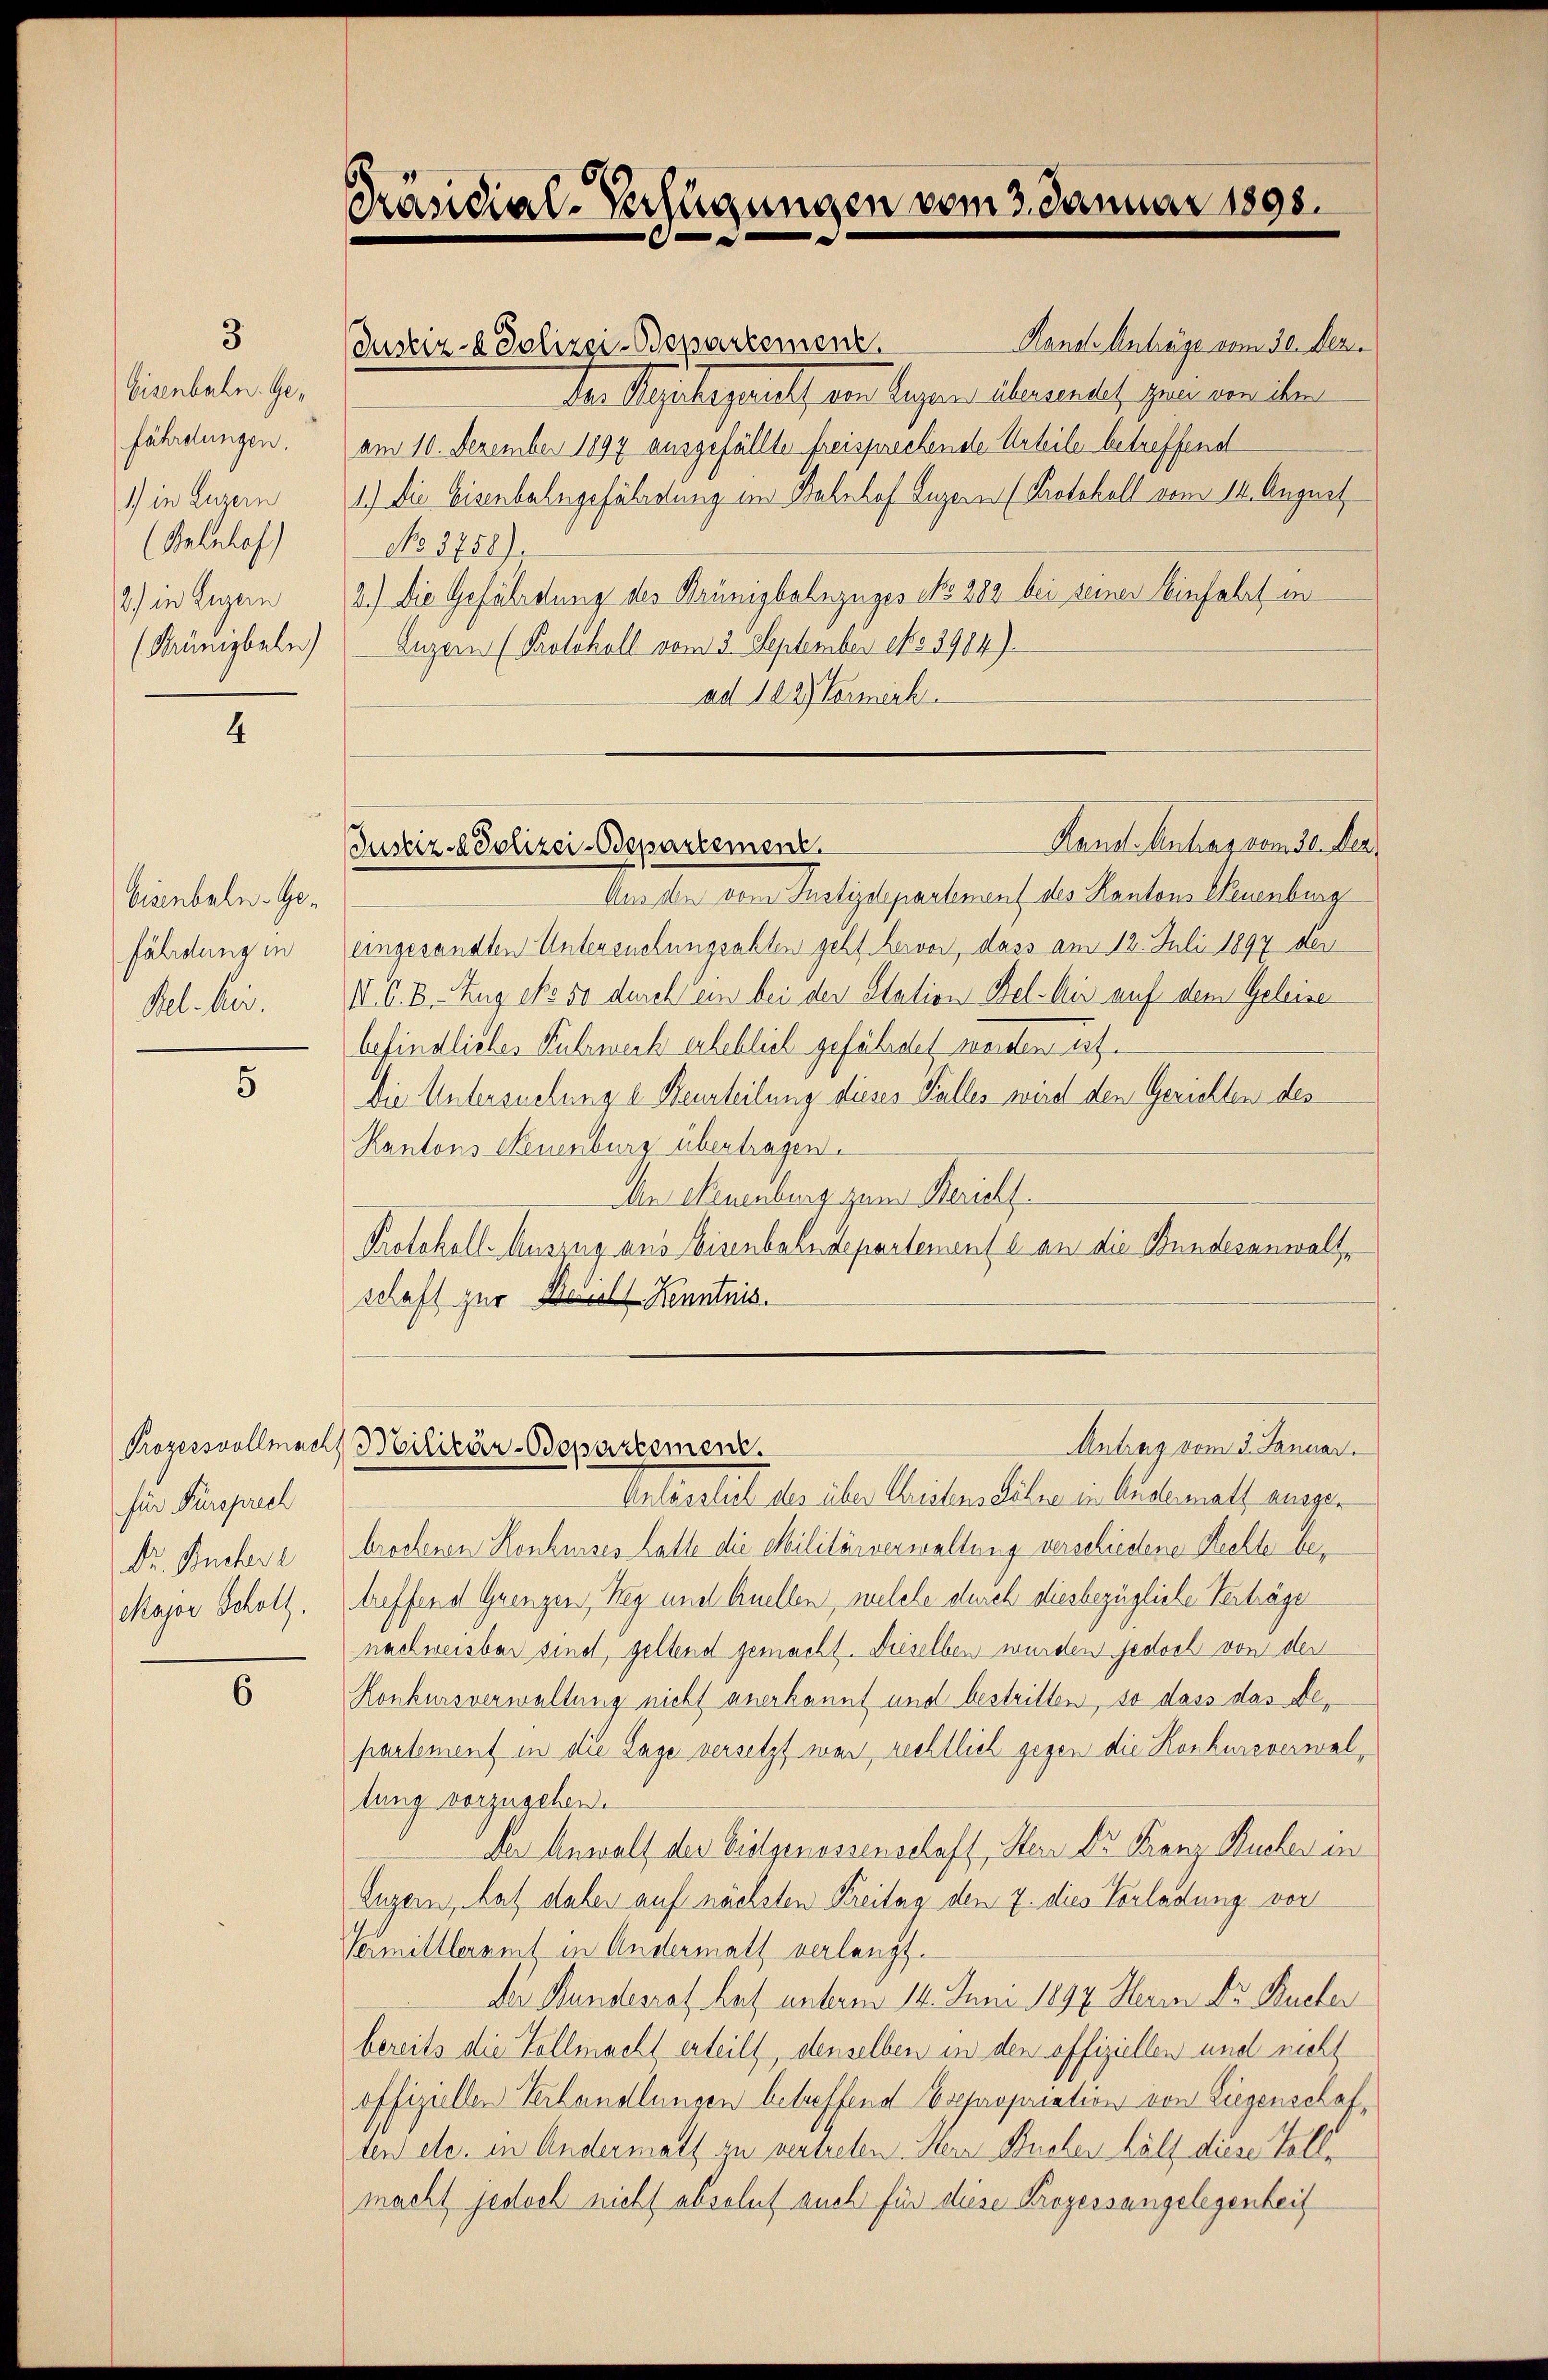
3

Eisenbahn. Gefährdungen.
1) in Luzern
(Kelnhof)
2) in Luzern
(Krünigbale)

4

Eisenbahn- Gefährdung in
Bel. kir.

5

Prozessvollmacht
für Fürsprech

6

Präsidial-Verfügungen vom 3. Januar 1895.

Rand Anträge vom 30. Dez.
Justiz- & Polizei-Bewartement.
den Systement, ein legen ihrendet, genereiten
am 10. Dezember 1894 ausgefällte freisprechende Urteile betreffend
1.) Die Eisenbahngefährstung im Bahnhof Luzern (Protokoll vom 14. August
No. 3758).
2.) Die Gefährdung des Brünigbahnzuges No 282 bei seiner Einfahrt in
Luzern (Protokoll vom 3. September No 3904).
ad 102) Vermerk

Land Antrassende der
Justiz- & Polizei-Departement.

Antrag vom 3. Januar.
Militär-Odepartement.

Um den vom Justizdepartement des Kantons Neuenburg
eingesandten Untersuchungsakten geht hervor, dass am 12. Juli 1897 der
II. C. B. Zug No 50 durch ein bei der Station Bel- bis auf dem Geleise
befindliches Fuhrwerk erheblich gefähren werden f
Die Untersuchunge Beurteilung dieses Kalles wird den Gerichten des
Kantons Neuenburg übertragen.
Den Neuenburg zum Bericht
Protokoll-Auszug aus Eisenbahndepartemente an die Bundesanwaltschaft zur Weichl Kenntnis.

Anlässlich des über Cristens Söhne in Austerrath ausge¬
Dr. Büchere brochenen Konkurses Latte die Militärverwaltung verschiedene Rechte be¬
Major Schott. treffend Grenzen, Weg und Quellen, welche durch diesbezügliche Verträge
nachweisbar sind, geltend gemacht. Dieselben wurden jedoch von der
Konkursverwaltung nicht anerkannt und bestritten, so dass das Departement in die Lage versetzt war rechtlich gegen die Konkursverwaltung vorzugehen.
Der Anwalt der Vielgenossenschaft, Stern Dr Franz Kucher in
Luzern, hat dabei auf nächsten Freitag den 7. dies Vorladung vor
Vermittleramt in Andermatt verlangt.
Der Bundesrath hat unterm 14. Juni 1892. Herrn Dr. Bucher
bereits die Vollmacht erteilt, denselben in den offiziellen und nicht
offiziellen Verhandlungen betreffend Expropriation von Liegenschaften etc. in Andermatt zu vertreten. Sein Buchen hält diese Tollmacht jedoch nicht absolut auch für diese Prozessangelegenheit